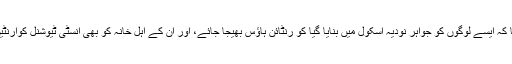
انہوں نے کہا کہ ایسے لوگوں کو جواہر نودیہ اسکول میں بنایا گیا کو رنٹائن ہاؤس بھیجا جائے، اور ان کے اہل خانہ کو بھی انسٹی ٹیوشنل کوارنٹین کیا جائے ۔